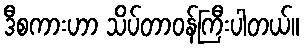
ဒီစကားဟာ သိပ်တာဝန်ကြီးပါတယ်။